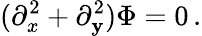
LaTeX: (\partial_{x}^{2}+\partial_{\mathbf{y}}^{2})\Phi=0\, .